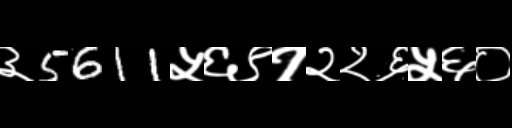
Text: ३5611५६९१२२६५६०